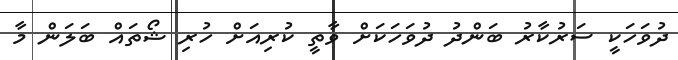
ދުވަހަކީ ސަރުކާރު ބަންދު ދުވަހަކަށް ވާތީ ކުރިއަށް ހުރި ޝޯތައް ބަލަން މާ